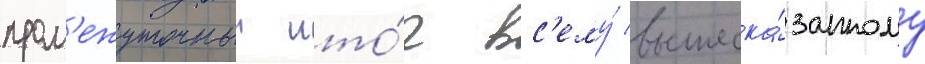
пром'ежуточныи ито́г вс'ему́ вышеска́занному